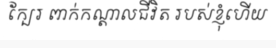
ក្បែរ ពាក់កណ្តាលជីវិត របស់ខ្ញុំហើយ